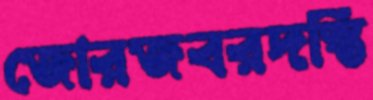
জোরজবরদস্তি